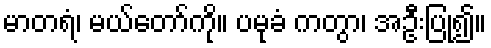
မာတရံ၊ မယ်တော်ကို။ ပမုခံ ကတွာ၊ အဦးပြု၍။